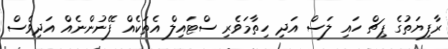
ރާފިޔަތުގެ ޕިޗް ހައި ލަސް އަދި ހިތާމަވެރި ސްޓައިލް އެތަކެއް ފޭނުންނެއް އަދިވެސް